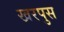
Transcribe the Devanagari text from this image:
खरपुस